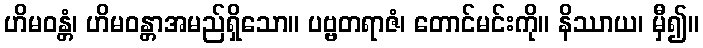
ဟိမဝန္တံ၊ ဟိမဝန္တာအမည်ရှိသော။ ပဗ္ဗတရာဇံ၊ တောင်မင်းကို။ နိဿာယ၊ မှီ၍။